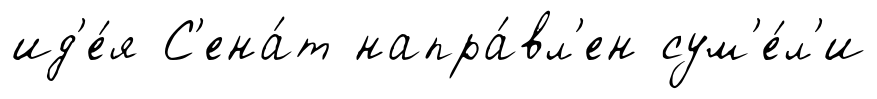
ид'е́я С'ена́т напра́вл'ен сум'е́л'и